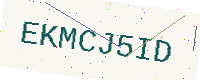
Text: EKMCJ5ID